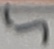
Text: 5